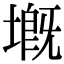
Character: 𡏲